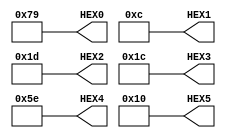
module Group1 (HEX0, HEX1, HEX2, HEX3, HEX4, HEX5);
    output reg [6:0] HEX0;
	output reg [6:0] HEX1;
	output reg [6:0] HEX2;
	output reg [6:0] HEX3;
	output reg [6:0] HEX4;
	output reg [6:0] HEX5;
	
	initial begin
		HEX0 = 7'b1111001;
		HEX1 = 7'b1111111;
		HEX1 = 7'b0001100;
		HEX2 = 7'b0011101;
		HEX3 = 7'b0011100;
		HEX4 = 7'b1011110;
		HEX5 = 7'b0010000;
	end
	
endmodule